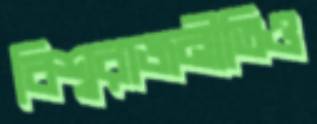
বিশ্বরাজনীতিও